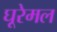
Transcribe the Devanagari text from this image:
घूरेमल